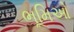
ભૂમિઓ